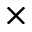
\times